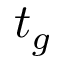
t _ { g }